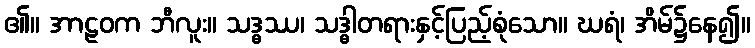
၏။ အာဠဝက ဘီလူး။ သဒ္ဓဿ၊ သဒ္ဓါတရားနှင့်ပြည့်စုံသော။ ဃရံ၊ အိမ်၌နေ၍။